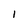
Character: l